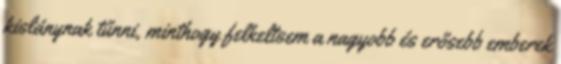
kislánynak tűnni, minthogy felkeltsem a nagyobb és erősebb emberek